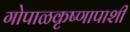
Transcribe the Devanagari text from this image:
गोपाळकृष्णापाशी